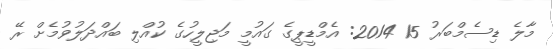
މާލެ ޑިސެމްބަރު 15 2014: އެމްޑީޕީގެ ގައުމީ މަޖިލީހުގެ ކުއްލި ބައްދަލުވުމެށް ރޭ